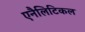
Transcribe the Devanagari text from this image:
एनैलिटिकल